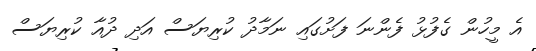
އެ މީހުން ގެފުޅު ފެންނަ ފަށުގައި ނަމާދު ކުރިޔަސް އަދި ދުއާ ކުރިޔަސް